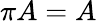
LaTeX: \pi A=A